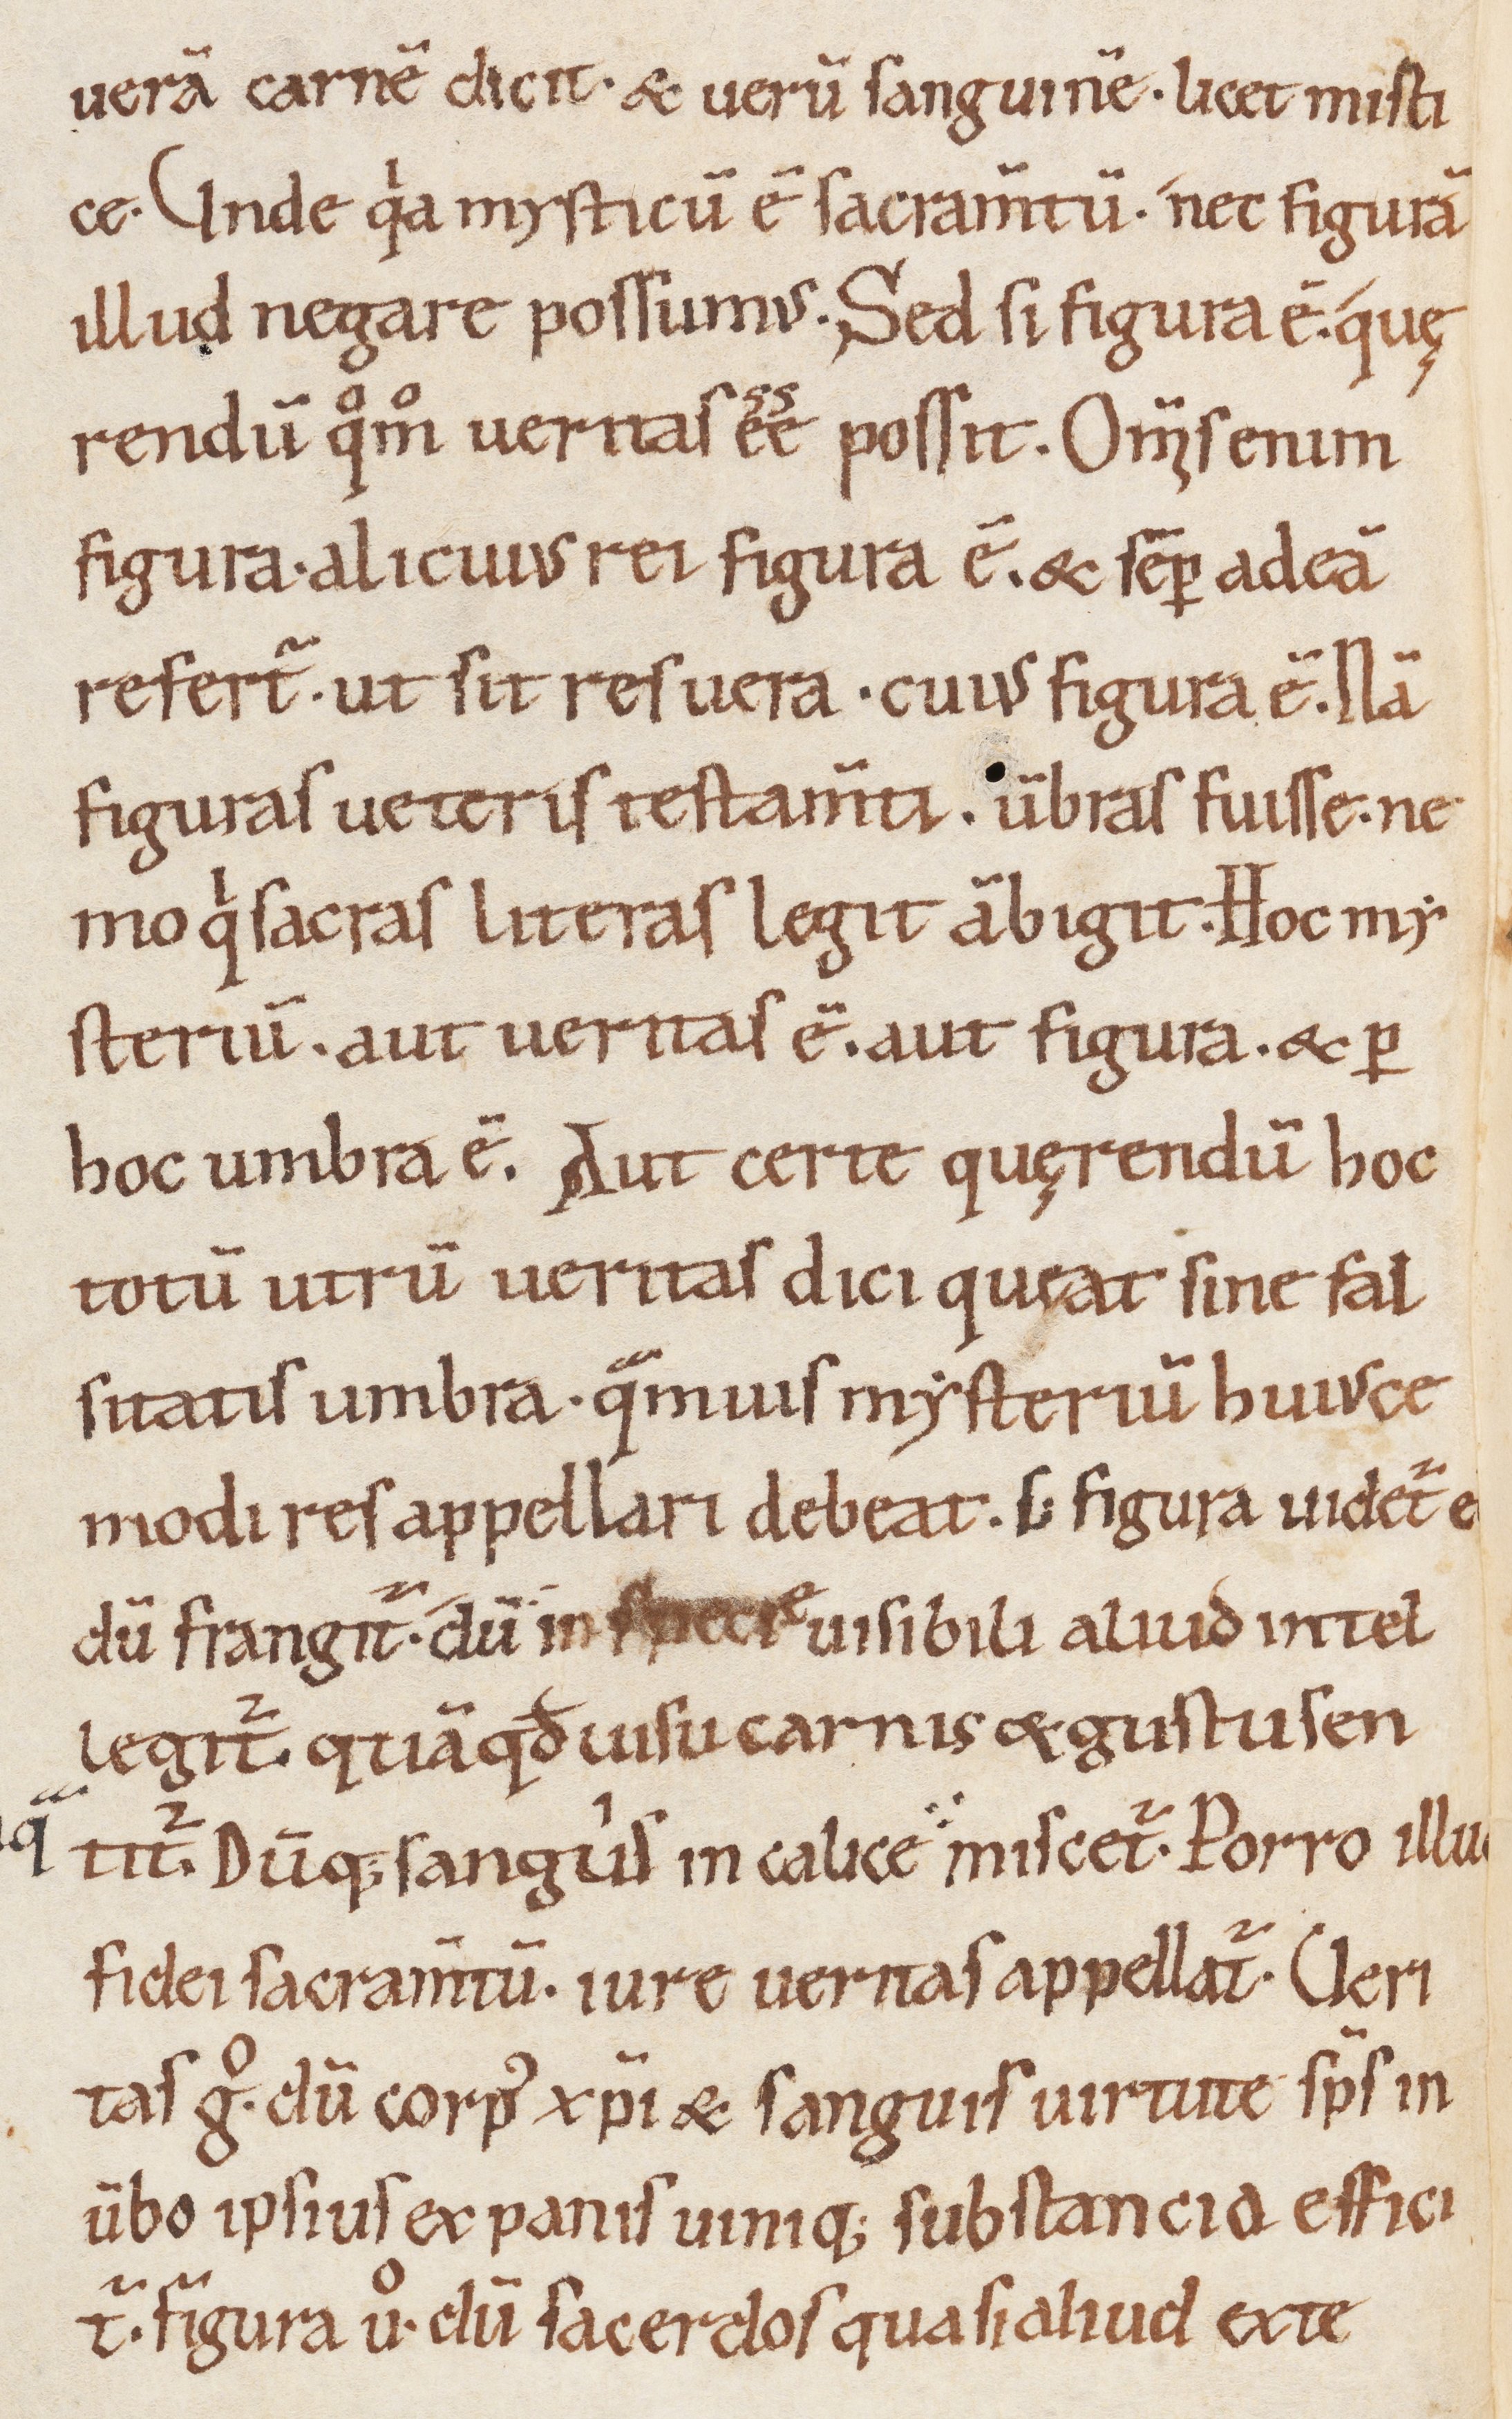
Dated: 1000–1099